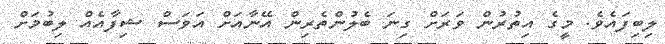
ލިބިފައެވެ. މީގެ އިތުރުން ވަރަށް ގިނަ ބެލުންތެރިން އޭނާއަށް އަވަސް ޝިފާއެއް ލިބުމަށް